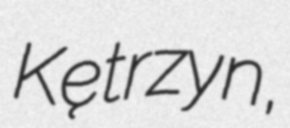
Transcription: Kętrzyn,